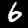
Label: 6